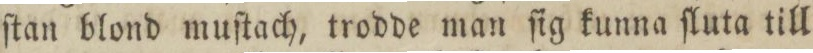
ſtan blond muſtach, trodde man ſig kunna ſluta till